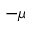
- \mu